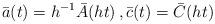
LaTeX: \begin{align*}\bar a(t)=h^{-1}\bar A(ht)\,, \bar c(t) = \bar C(ht)\end{align*}